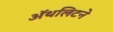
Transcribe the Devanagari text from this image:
ॲथलिटने